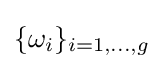
\{\omega _{i}\}_{i=1,\dots ,g}